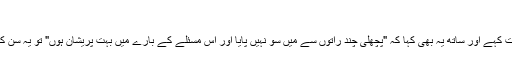
"
جب امام خمینی ؒ نے اپنے یہ ابتدائی کلمات کہے اور ساتھ یہ بھی کہا کہ "پچھلی چند راتوں سے میں سو نہیں پایا اور اس مسئلے کے بارے میں بہت پریشان ہوں" تو یہ سن کر تمام حاضرین زار و قطار رونے لگے۔